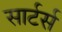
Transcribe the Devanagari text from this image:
सार्टर्स